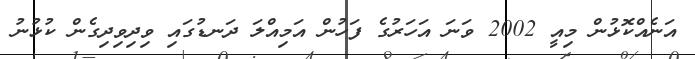
އަނެއްކޮޅުން މިއީ 2002 ވަނަ އަހަރުގެ ފަހުން އަމިއްލަ ދަނޑުގައި ވިދިވިދިގެން ކުޅުނު